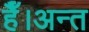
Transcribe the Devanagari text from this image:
हैँ।अन्त